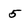
Character: 5